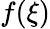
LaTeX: f(\xi)